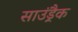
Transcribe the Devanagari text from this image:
साउंड़्रैक